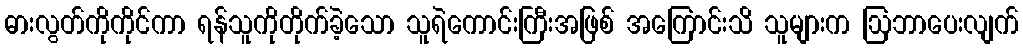
ဓားလွတ်ကိုကိုင်ကာ ရန်သူကိုတိုက်ခဲ့သော သူရဲကောင်းကြီးအဖြစ် အကြောင်းသိ သူများက ဩဘာပေးလျက်